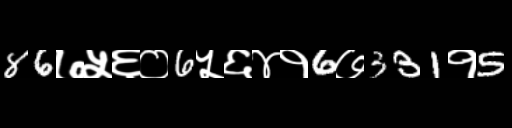
Text: 86७५६०6५६४१6७331१5